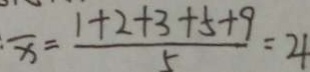
\overline { x } = \frac { 1 + 2 + 3 + 5 + 9 } { 5 } = 4